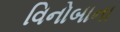
વિનોબાના